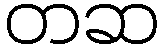
တဆ